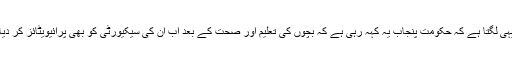
ہمیں تو یہی لگتا ہے کہ حکومت پنجاب یہ کہہ رہی ہے کہ بچوں کی تعلیم اور صحت کے بعد اب ان کی سیکیورٹی کو بھی پرائیویٹائز کر دیا گیا ہے۔